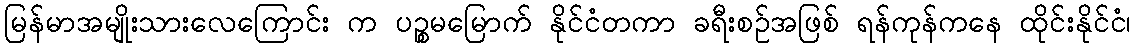
မြန်မာအမျိုးသားလေကြောင်း က ပဉ္စမမြောက် နိုင်ငံတကာ ခရီးစဉ်အဖြစ် ရန်ကုန်ကနေ ထိုင်းနိုင်ငံ၊